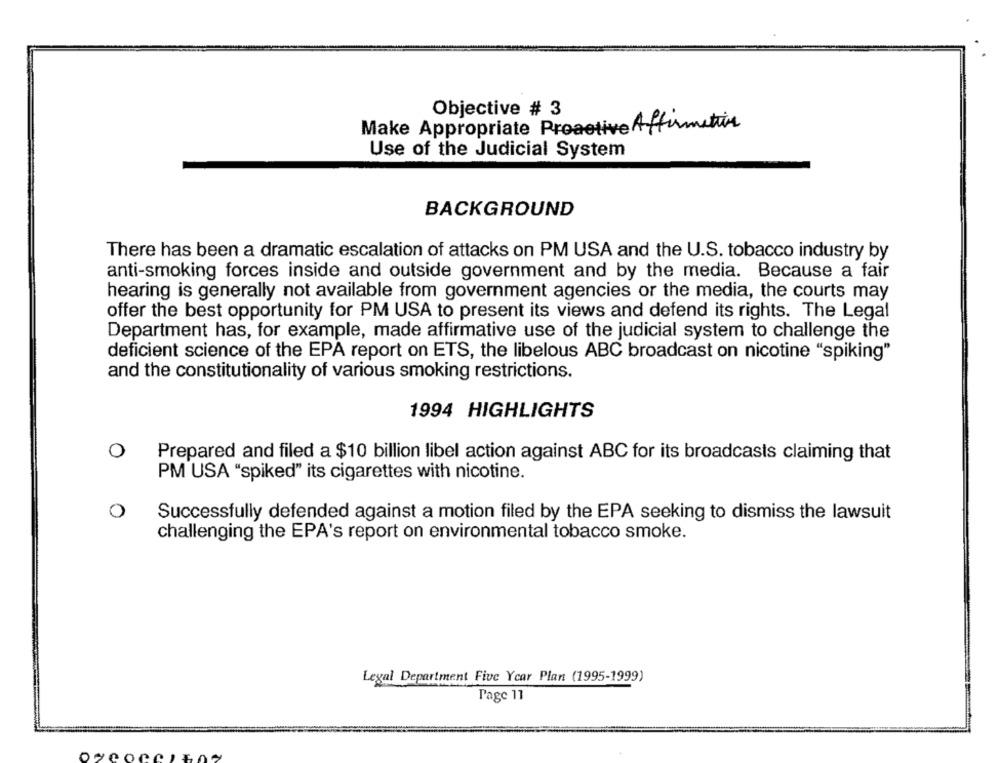
Objective # 3
Make Appropriate Proactive Affirmation
Use of the Judicial System
BACKGROUND
There has been a dramatic escalation of attacks on PM USA and the U.S. tobacco industry by
anti-smoking forces inside and outside government and by the media. Because a fair
hearing is generally not available from government agencies or the media, the courts may
offer the best opportunity for PM USA to present its views and defend its rights. The Legal
Department has, for example, made affirmative use of the judicial system to challenge the
deficient science of the EPA report on ETS, the libelous ABC broadcast on nicotine "spiking"
and the constitutionality of various smoking restrictions.
1994 HIGHLIGHTS
O
Prepared and filed a $10 billion libel action against ABC for its broadcasts claiming that
PM USA "spiked" its cigarettes with nicotine.
0
Successfully defended against a motion filed by the EPA seeking to dismiss the lawsuit
challenging the EPA's report on environmental tobacco smoke.
Legal Department Five Ycar Plan (1995-1999)
Page 11